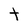
Character: t